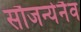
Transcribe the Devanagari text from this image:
सौजन्येनैव